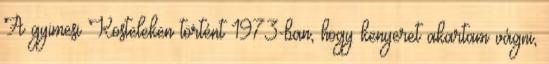
A gyimesi Kosteleken történt 1973-ban, hogy kenyeret akartam vágni,